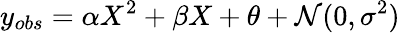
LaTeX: y_{obs}=\alpha X^{2}+\beta X+\theta+\mathcal{N}(0,\sigma^{2})